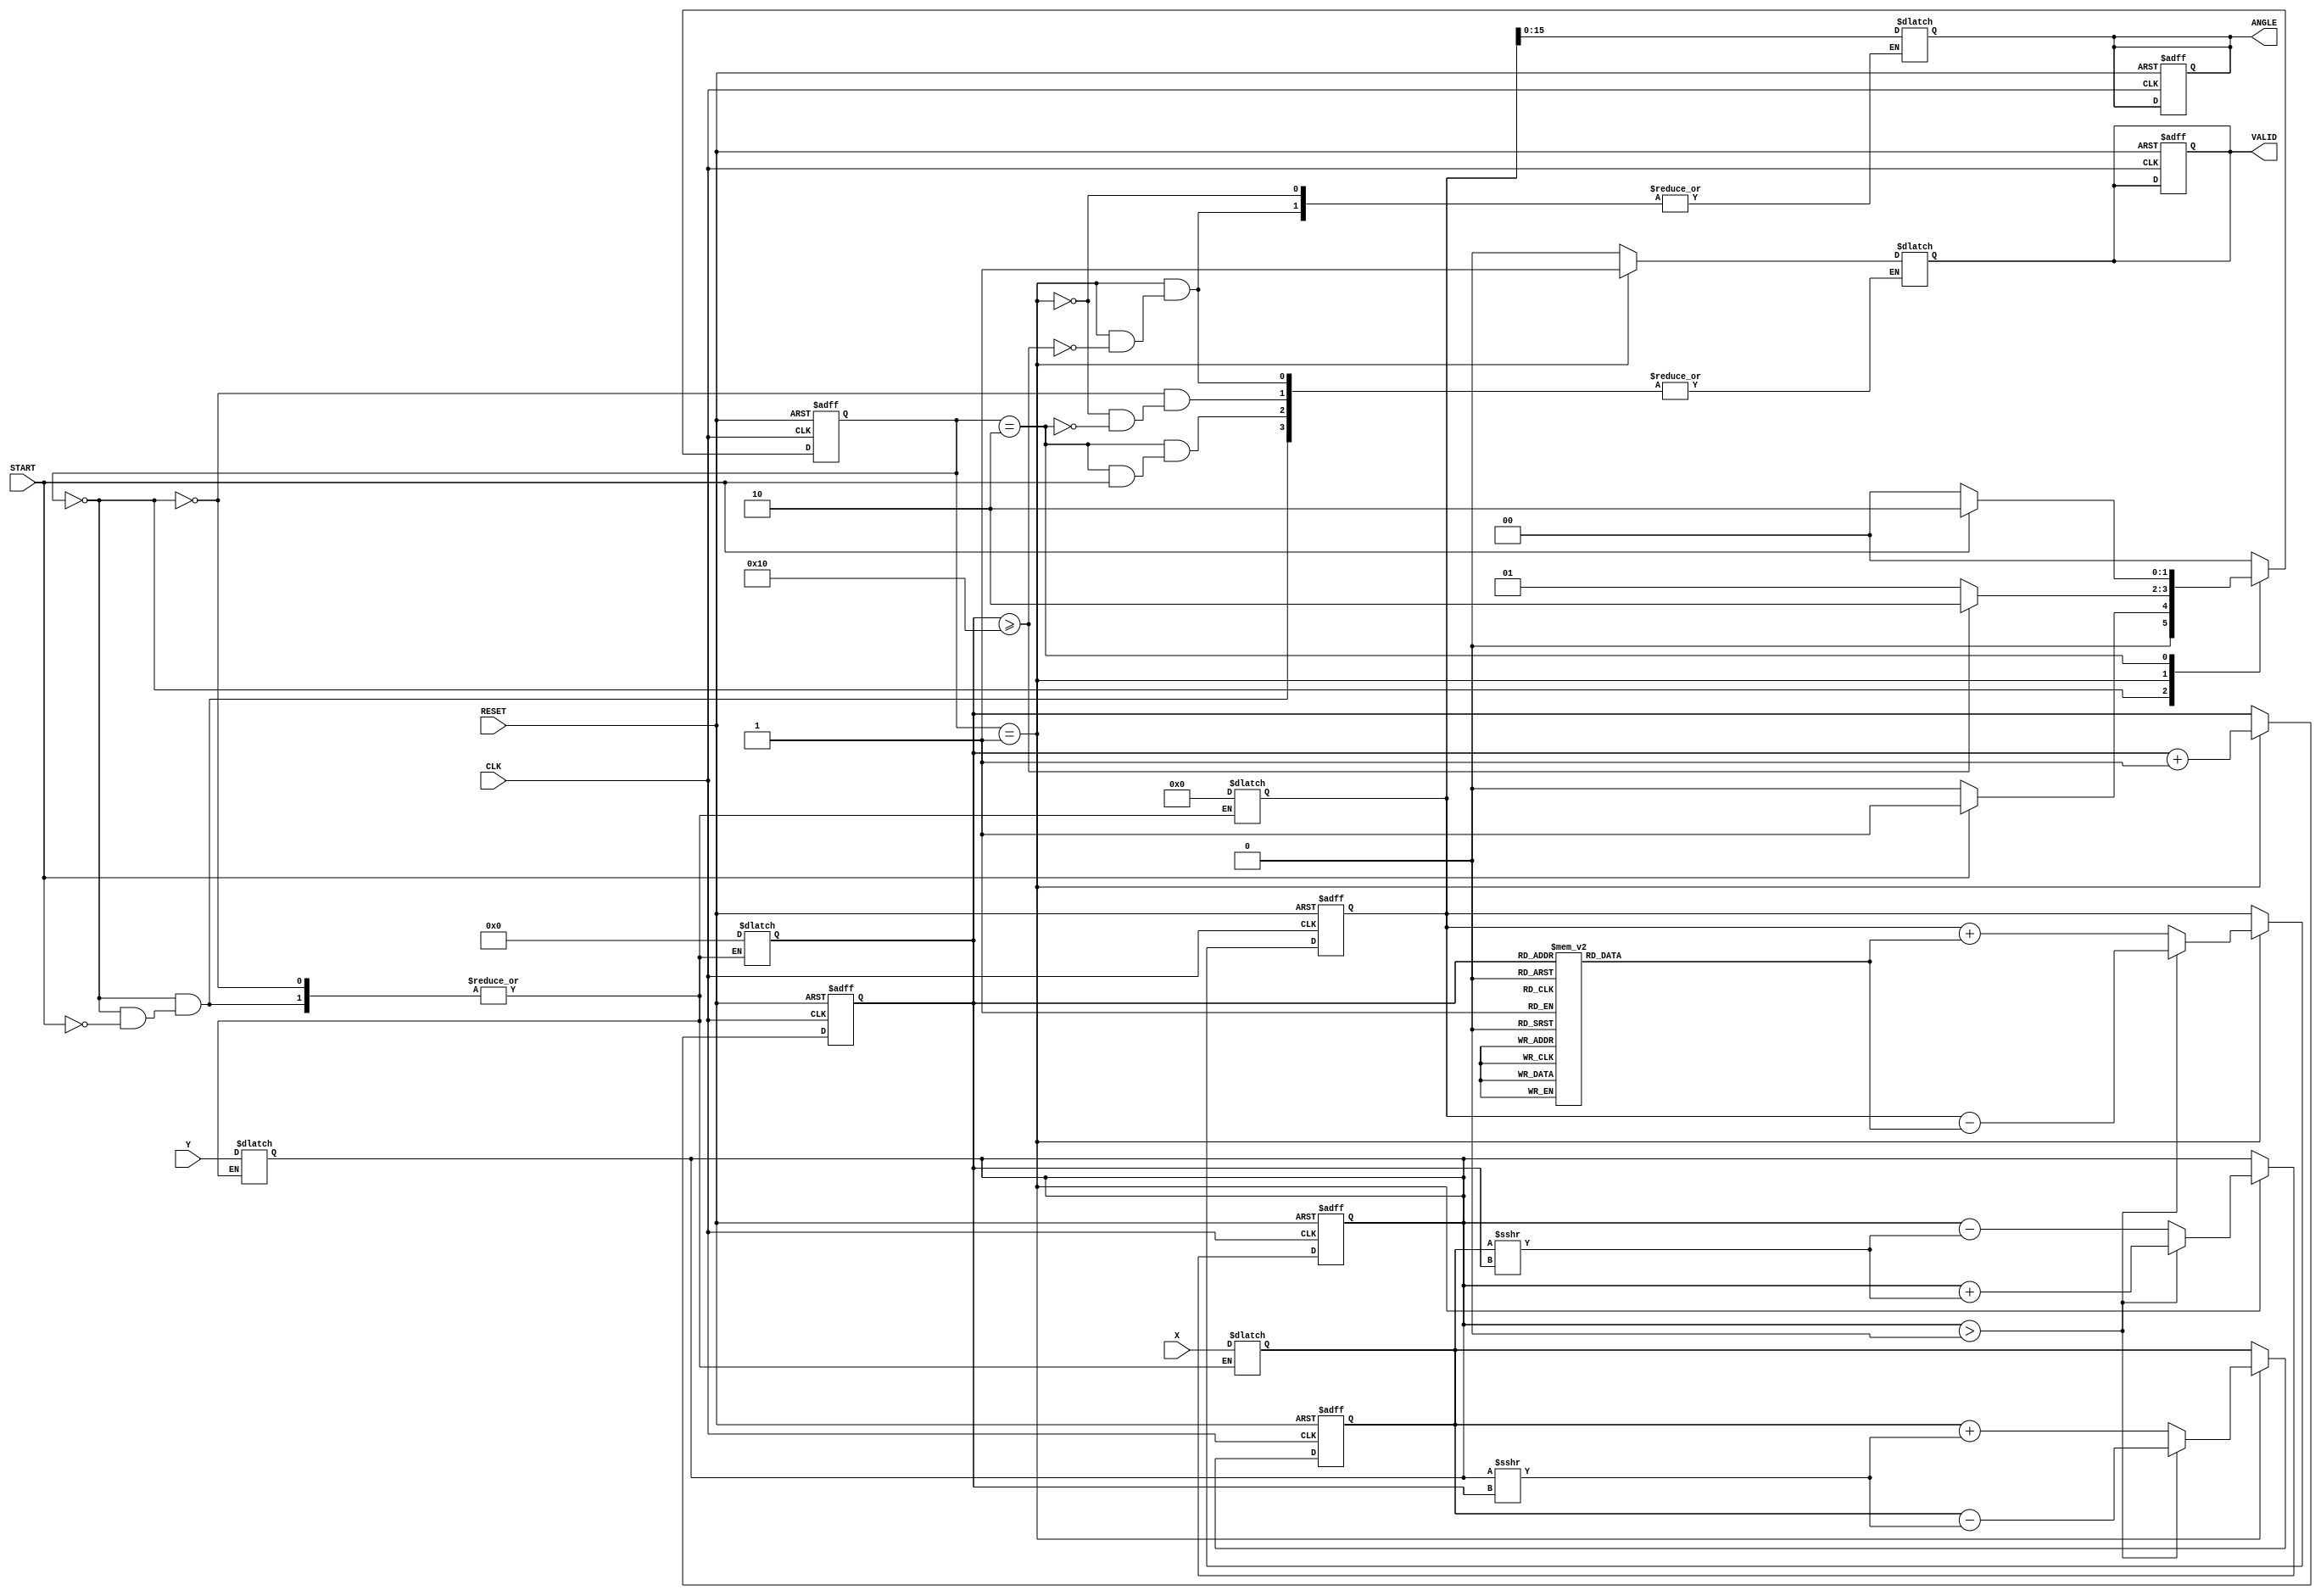
module vectoring_cordic (
    input signed [15:0] X,        // X coordinate input
    input signed [15:0] Y,        // Y coordinate input
    input CLK,                    // Clock signal
    input RESET,                  // Asynchronous reset
    input START,                  // Start signal for computation
    output reg signed [15:0] ANGLE, // Computed angle output
    output reg VALID              // Valid signal
);

    // Internal Signals
    reg signed [15:0] X_reg, Y_reg;   // Registers to hold X and Y coordinates
    reg signed [31:0] Z;               // Accumulating angle value
    reg [3:0] iter;                    // Iteration counter
    reg [1:0] state;                   // State machine
    reg [1:0] next_state;              // Next state for FSM

    parameter IDLE = 2'b00, COMPUTE = 2'b01, DONE = 2'b10;
    
    // Predefined arctan values (scaled properly for fixed-point)
    reg signed [31:0] atan_table [0:15];
    initial begin
        atan_table[0] = 32'b00000000000000000000000000000000; // atan(2^0)
        atan_table[1] = 32'b00000000000000000000000001100011; // atan(2^-1)
        atan_table[2] = 32'b00000000000000000000000000111111; // atan(2^-2)
        atan_table[3] = 32'b00000000000000000000000000011111; // atan(2^-3)
        atan_table[4] = 32'b00000000000000000000000000001111; // atan(2^-4)
        atan_table[5] = 32'b00000000000000000000000000000111; // atan(2^-5)
        atan_table[6] = 32'b00000000000000000000000000000011; // atan(2^-6)
        atan_table[7] = 32'b00000000000000000000000000000001; // atan(2^-7)
        atan_table[8] = 32'b00000000000000000000000000000000; // atan(2^-8)
        atan_table[9] = 32'b00000000000000000000000000000000; // atan(2^-9)
        atan_table[10] = 32'b00000000000000000000000000000000; // atan(2^-10)
        atan_table[11] = 32'b00000000000000000000000000000000; // atan(2^-11)
        atan_table[12] = 32'b00000000000000000000000000000000; // atan(2^-12)
        atan_table[13] = 32'b00000000000000000000000000000000; // atan(2^-13)
        atan_table[14] = 32'b00000000000000000000000000000000; // atan(2^-14)
        atan_table[15] = 32'b00000000000000000000000000000000; // atan(2^-15)
    end

    // State Machine for Control Logic
    always @(posedge CLK or posedge RESET) begin
        if (RESET) begin
            state <= IDLE;
            VALID <= 0;
            ANGLE <= 0;
            iter <= 0;
            X_reg <= 0;
            Y_reg <= 0;
            Z <= 0;
        end else begin
            state <= next_state;
            if (state == COMPUTE) begin
                if (Y_reg > 0) begin
                    // Clockwise rotation
                    X_reg <= X_reg - (Y_reg >>> iter);
                    Y_reg <= Y_reg + (X_reg >>> iter);
                    Z <= Z - atan_table[iter]; // Adjust for scaling if needed
                end else begin
                    // Counter-clockwise rotation
                    X_reg <= X_reg + (Y_reg >>> iter);
                    Y_reg <= Y_reg - (X_reg >>> iter);
                    Z <= Z + atan_table[iter]; // Adjust for scaling if needed
                end
                iter <= iter + 1; // Increment iteration
            end
        end
    end

    // Next State Logic
    always @(*) begin
        case (state)
            IDLE: begin
                if (START) begin
                    X_reg = X;
                    Y_reg = Y;
                    Z = 0; // Initialize Z to 0
                    iter = 0; // Start from first iteration
                    next_state = COMPUTE;
                    VALID = 0;
                end else begin
                    next_state = IDLE;
                end
            end
            COMPUTE: begin
                if (iter >= 16) begin // Number of iterations can be adjusted
                    ANGLE = Z[15:0]; // Output the computed angle
                    VALID = 1; // Set VALID high
                    next_state = DONE; // Move to DONE state
                end else begin
                    next_state = COMPUTE;
                end
            end
            DONE: begin
                if (!START) begin
                    next_state = IDLE; // Go back to IDLE on START low
                    VALID = 0; // Reset VALID
                end else begin
                    next_state = DONE; // Stay in DONE state
                end
            end
            default: next_state = IDLE; // Safety case for default
        endcase
    end

endmodule